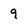
Character: 9